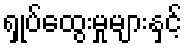
ရှုပ်ထွေးမှုများနှင့်